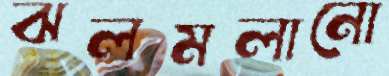
ঝলমলানো